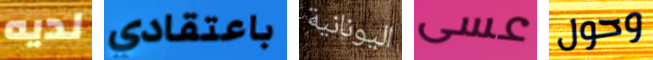
لديه باعتقادي اليونانية عسى وحول